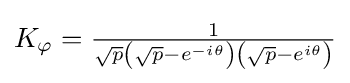
{\textstyle K_{\varphi }={\frac {1}{{\sqrt {p}}\left({\sqrt {p}}-e^{-i\theta }\right)\left({\sqrt {p}}-e^{i\theta }\right)}}}